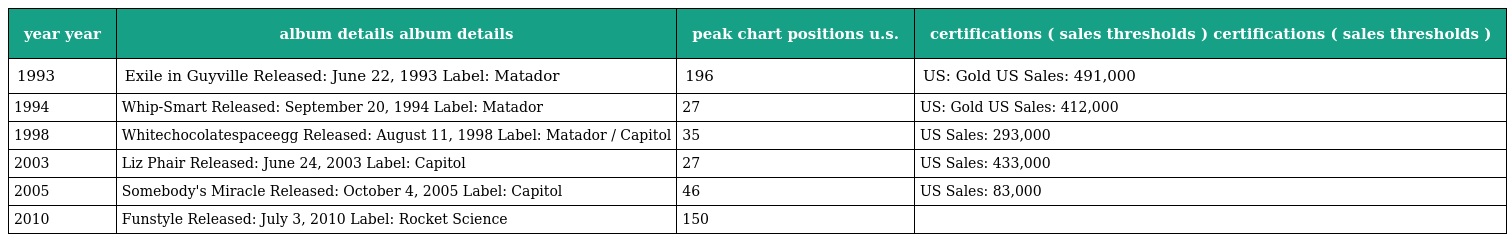
| year year | album details album details | peak chart positions u.s. | certifications ( sales thresholds ) certifications ( sales thresholds ) |
 | --- | --- | --- | --- |
 | 1993 | Exile in Guyville Released: June 22, 1993 Label: Matador | 196 | US: Gold US Sales: 491,000 |
 | 1994 | Whip-Smart Released: September 20, 1994 Label: Matador | 27 | US: Gold US Sales: 412,000 |
 | 1998 | Whitechocolatespaceegg Released: August 11, 1998 Label: Matador / Capitol | 35 | US Sales: 293,000 |
 | 2003 | Liz Phair Released: June 24, 2003 Label: Capitol | 27 | US Sales: 433,000 |
 | 2005 | Somebody's Miracle Released: October 4, 2005 Label: Capitol | 46 | US Sales: 83,000 |
 | 2010 | Funstyle Released: July 3, 2010 Label: Rocket Science | 150 |  |